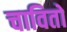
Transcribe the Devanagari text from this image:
चावितो